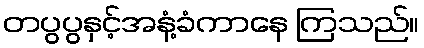
တပွပွနှင့်အနံ့ခံကာနေ ကြသည်။